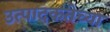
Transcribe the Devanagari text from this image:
उत्पादकतेच्या